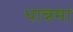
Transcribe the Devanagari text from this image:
धान्नमा